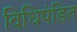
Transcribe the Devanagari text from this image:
विधिपंडित